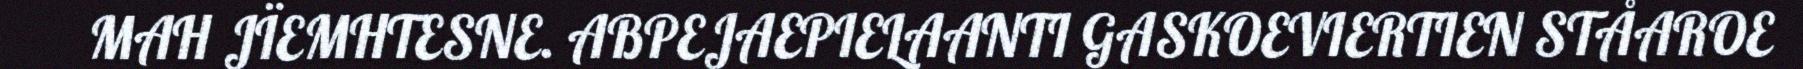
MAH JÏEMHTESNE. ABPEJAEPIELAANTI GASKOEVIERTIEN STÅAROE